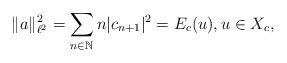
LaTeX: \begin{align*}\| a \|_{\ell^2}^2 = \sum_{n \in \mathbb{N}} n |c_{n+1}|^2 = E_c(u), u \in X_c,\end{align*}